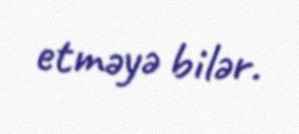
etməyə bilər.